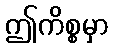
ဤကိစ္စမှာ